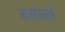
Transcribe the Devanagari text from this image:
रुसोलो